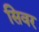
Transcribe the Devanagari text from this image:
सिवर